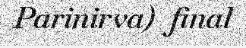
Parinirva)  final